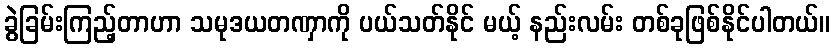
ခွဲခြမ်းကြည့်တာဟာ သမုဒယတဏှာကို ပယ်သတ်နိုင် မယ့် နည်းလမ်း တစ်ခုဖြစ်နိုင်ပါတယ်။